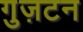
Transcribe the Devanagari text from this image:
गुज़टन